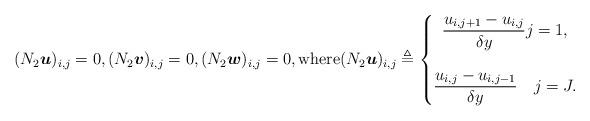
LaTeX: \begin{align*}(N_2 \boldsymbol{u})_{i,j} = 0,(N_2 \boldsymbol{v})_{i,j} = 0, (N_2 \boldsymbol{w})_{i,j} = 0,\mbox{where} (N_2 \boldsymbol{u})_{i,j} \triangleq \left \{ \begin{matrix} \dfrac{u_{i,j+1}-u_{i,j}}{\delta y} j=1,\\ \\ \dfrac{u_{i,j}-u_{i,j-1}}{\delta y} \quad j=J. \end{matrix} \right. \end{align*}